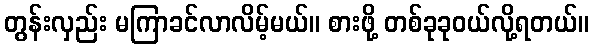
တွန်းလှည်း မကြာခင်လာလိမ့်မယ်။ စားဖို့ တစ်ခုခုဝယ်လို့ရတယ်။